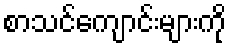
စာသင်ကျောင်းများကို